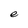
Character: e